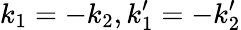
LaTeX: {k}_{1}=-{k}_{2},{k}_{1}^{\prime}=-{k}_{2}^{\prime}